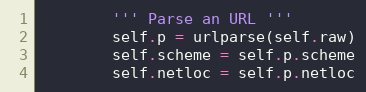
Language: Python
        ''' Parse an URL '''
        self.p = urlparse(self.raw)
        self.scheme = self.p.scheme
        self.netloc = self.p.netloc